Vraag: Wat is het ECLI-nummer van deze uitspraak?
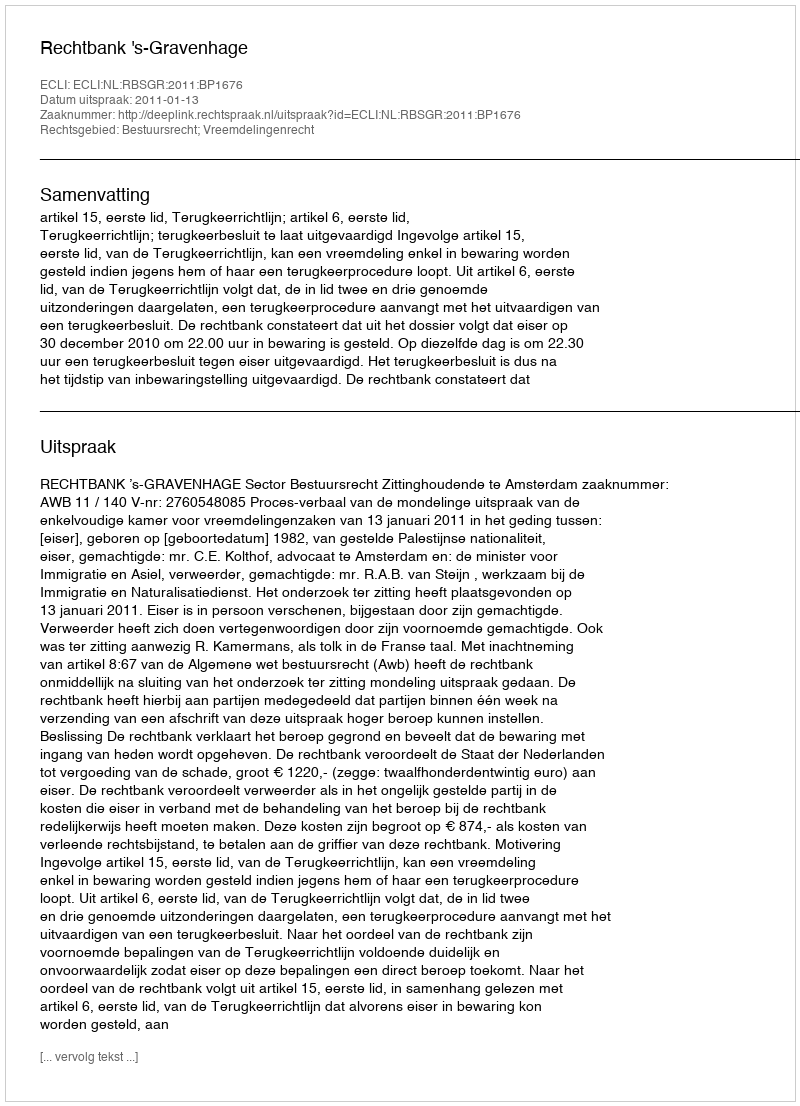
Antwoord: ECLI:NL:RBSGR:2011:BP1676